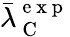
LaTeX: \bar{\lambda}_{\mathrm{~C~}}^{\mathrm{~e~x~p~}}